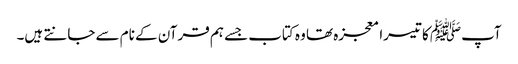
آپﷺ کا تیسرا معجزہ تھا وہ کتاب جسے ہم قرآن کے نام سے جانتے ہیں۔